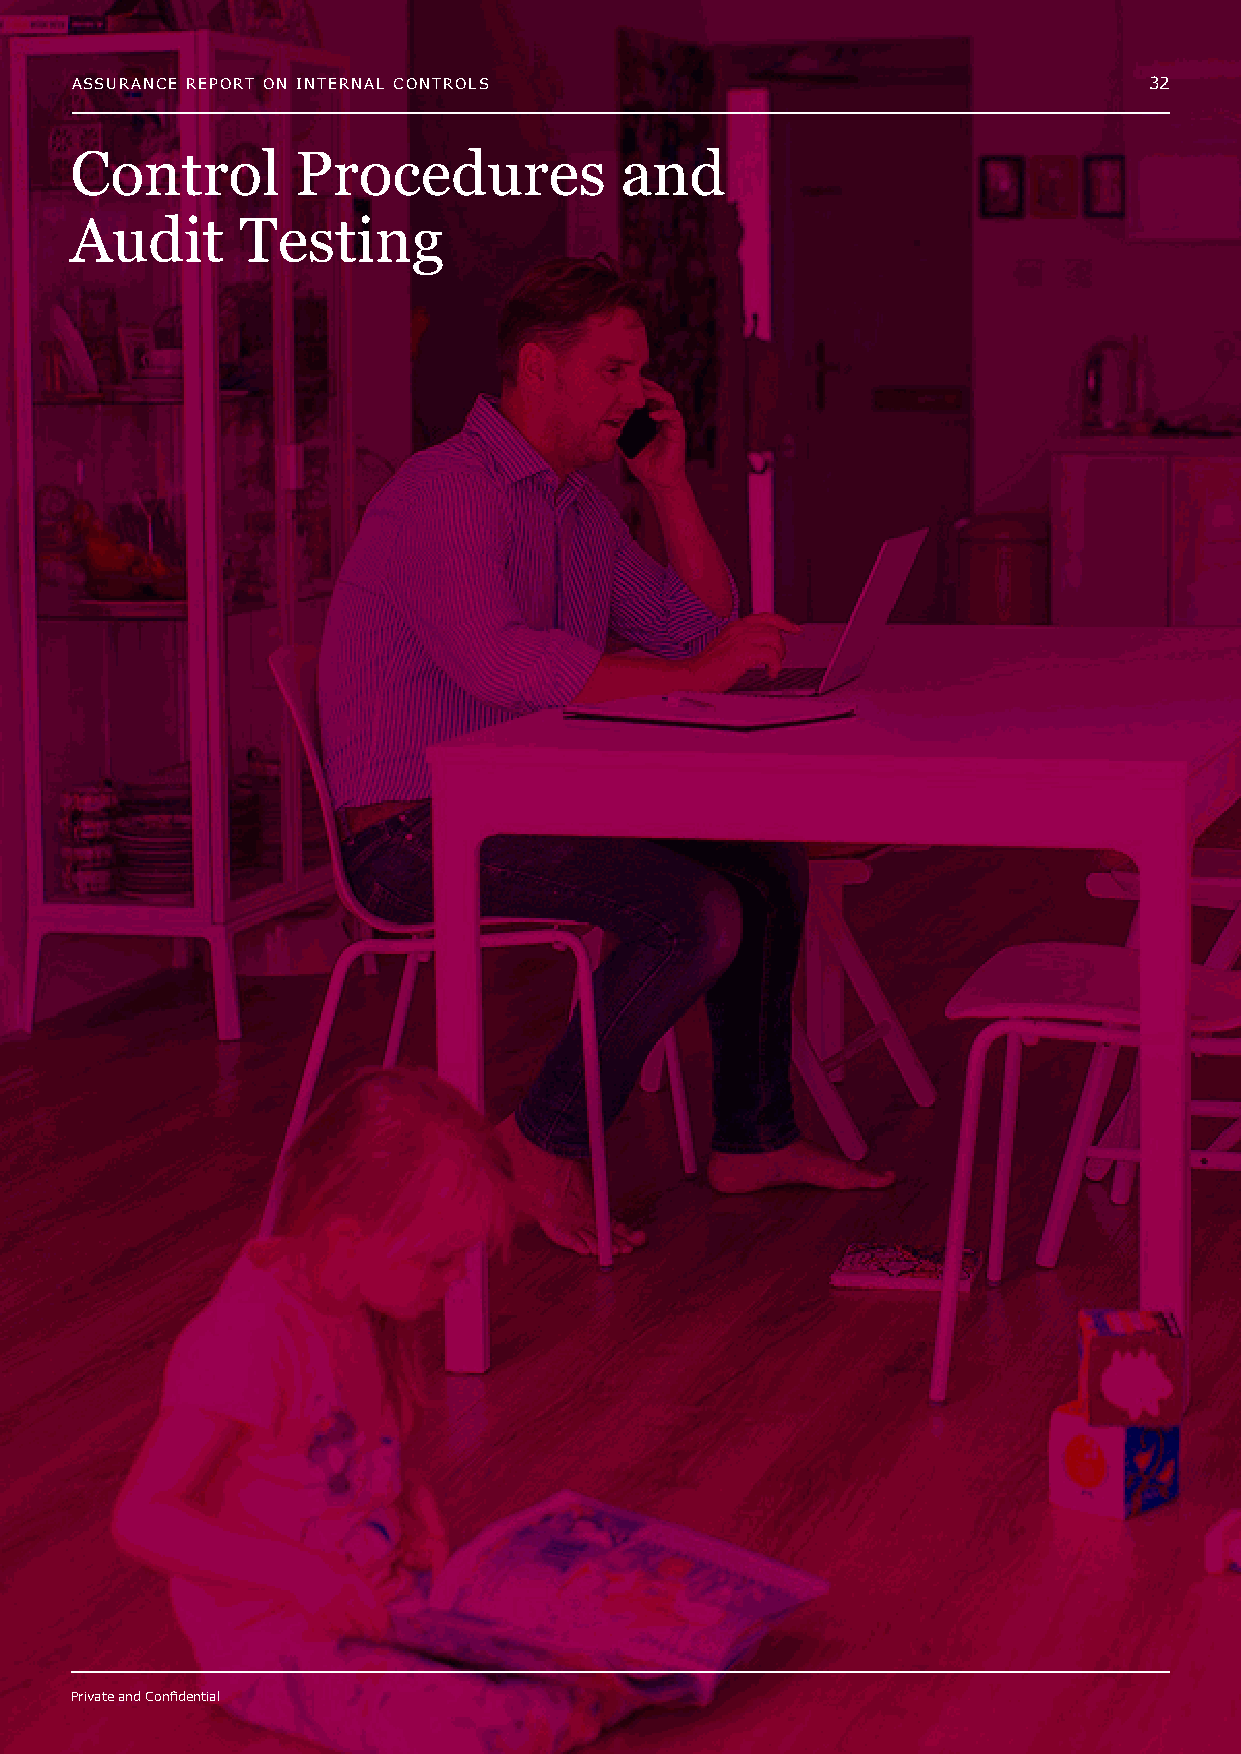
ASSURANCE REPORT ON INTERNAL CONTROLS                                  32
 Control        Procedures           and
 Audit      Testing
 Private and Confidential